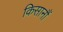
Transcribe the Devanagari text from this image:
किसानौं